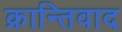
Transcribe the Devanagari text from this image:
क्रान्तिवाद